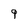
Character: 9